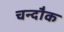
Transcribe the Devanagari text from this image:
चन्दौक